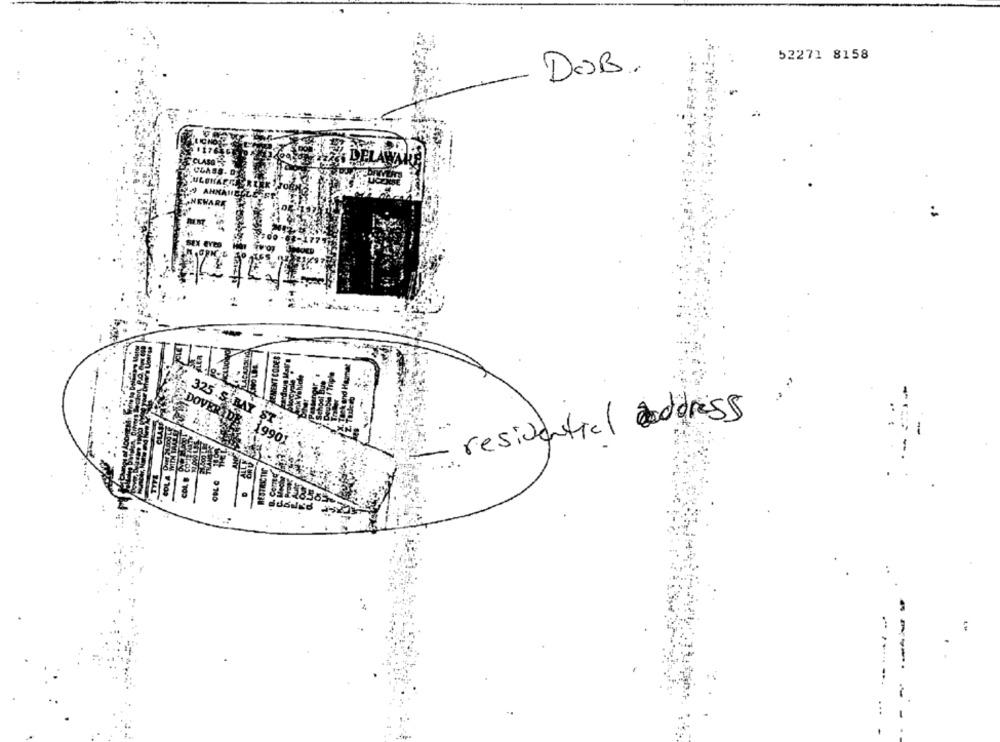
52271 8158
DOSB.
DEL
:
.. .
DOVER
325 S BAY
residential address
--
-
----.
...
-